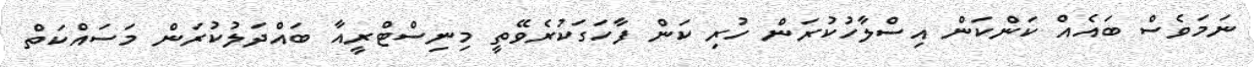
ނަމަވެސް ބައެއް ކަންކަން އިސްލާހުކުރަން ހުރި ކަން ފާހަގަކުރެވޭތީ މިނިސްޓްރީއާ ބައްދަލުކުރަން މަސައްކަތް